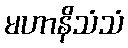
မဟာနိသံသံ